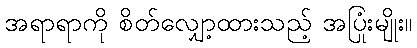
အရာရာကို စိတ်လျှော့ထားသည့် အပြုံးမျိုး။